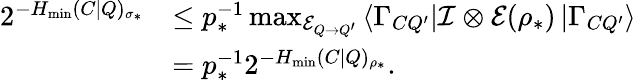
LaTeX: \begin{array}{rl}{2^{-H_{\mathrm{min}}(C|Q)_{\sigma_{\ast}}}}&{\leq p_{\ast}^{-1}\operatorname*{max}_{\mathcal{E}_{Q\rightarrow Q^{\prime}}}\left\langle\Gamma_{CQ^{\prime}}\right\vert\mathcal{I}\otimes\mathcal{E}(\rho_{\ast})\left\vert\Gamma_{CQ^{\prime}}\right\rangle}\\ &{=p_{\ast}^{-1}2^{-H_{\mathrm{min}}(C|Q)_{\rho_{\ast}}}.}\end{array}